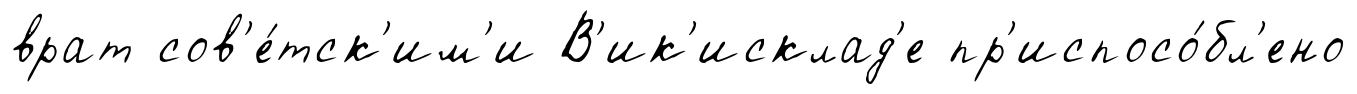
врат сов'е́тск'им'и В'ик'исклад'е пр'испосо́бл'ено